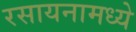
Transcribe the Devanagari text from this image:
रसायनामध्ये